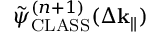
\Tilde { \psi } _ { \mathrm { C L A S S } } ^ { ( n + 1 ) } ( \Delta \mathbf { k } _ { \parallel } )